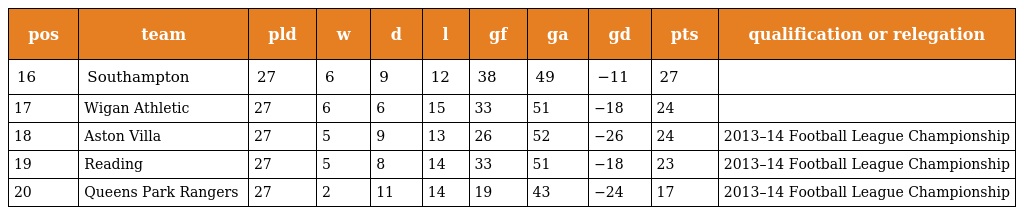
| pos | team | pld | w | d | l | gf | ga | gd | pts | qualification or relegation |
 | --- | --- | --- | --- | --- | --- | --- | --- | --- | --- | --- |
 | 16 | Southampton | 27 | 6 | 9 | 12 | 38 | 49 | −11 | 27 |  |
 | 17 | Wigan Athletic | 27 | 6 | 6 | 15 | 33 | 51 | −18 | 24 |  |
 | 18 | Aston Villa | 27 | 5 | 9 | 13 | 26 | 52 | −26 | 24 | 2013–14 Football League Championship |
 | 19 | Reading | 27 | 5 | 8 | 14 | 33 | 51 | −18 | 23 | 2013–14 Football League Championship |
 | 20 | Queens Park Rangers | 27 | 2 | 11 | 14 | 19 | 43 | −24 | 17 | 2013–14 Football League Championship |